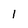
Character: l